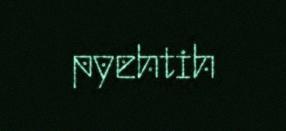
pyehtih